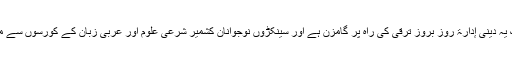
اور الحمدللہ آج تک یہ دینی إدارۃ روز بروز ترقی کی راہ پر گامزن ہے اور سینکڑوں نوجوانان کشمیر شرعی علوم اور عربی زبان کے کورسوں سے مستفید ہو رہے ہیں۔